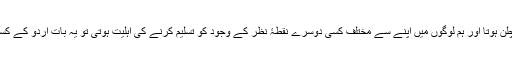
اگر اُردو دنیا اور برصغیر کے مسلم معاشرے میں انصاف کا چلن ہوتا اور ہم لوگوں میں اپنے سے مختلف کسی دوسرے نقطۂ نظر کے وجود کو تسلیم کرنے کی اہلیت ہوتی تو یہ بات اُردو کے کسی مسلمان لکھنے والے کی طرف سے سامنے آنی چاہیے تھی۔